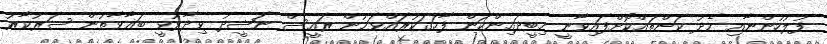
ފުލުހުންނާއި މެދު ކަންތައްކޮށްފައިވާނީ މިބީދައިންކަން ފާހަގަކުރައްވަމުން ރައީސް ނަޝީދު ވިދާޅުވީ ބަޣާވާތުން ސަރުކާރު